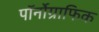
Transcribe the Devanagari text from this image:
पॉर्नोग्राफिक